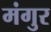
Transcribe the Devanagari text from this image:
मंगुर